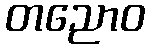
တညောဝ